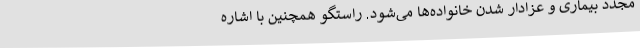
مجدد بیماری و عزادار شدن خانواده‌ها می‌شود. راستگو همچنین با اشاره